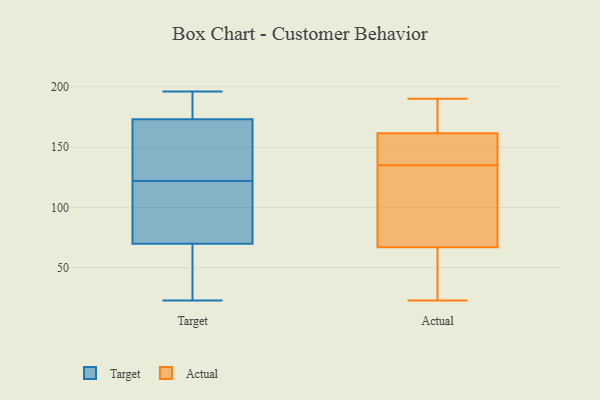
{"axis": {"x": "Inventory Turnover", "y": "Value"}, "legend": ["Actual", "Target"], "data": [{"x": "", "y": 184, "type": "Target"}, {"x": "", "y": 164, "type": "Target"}, {"x": "", "y": 39, "type": "Target"}, {"x": "", "y": 86, "type": "Target"}, {"x": "", "y": 138, "type": "Target"}, {"x": "", "y": 106, "type": "Target"}, {"x": "", "y": 70, "type": "Target"}, {"x": "", "y": 173, "type": "Target"}, {"x": "", "y": 23, "type": "Target"}, {"x": "", "y": 196, "type": "Target"}, {"x": "", "y": 157, "type": "Actual"}, {"x": "", "y": 166, "type": "Actual"}, {"x": "", "y": 163, "type": "Actual"}, {"x": "", "y": 190, "type": "Actual"}, {"x": "", "y": 151, "type": "Actual"}, {"x": "", "y": 24, "type": "Actual"}, {"x": "", "y": 63, "type": "Actual"}, {"x": "", "y": 149, "type": "Actual"}, {"x": "", "y": 184, "type": "Actual"}, {"x": "", "y": 35, "type": "Actual"}, {"x": "", "y": 80, "type": "Actual"}, {"x": "", "y": 126, "type": "Actual"}, {"x": "", "y": 23, "type": "Actual"}, {"x": "", "y": 125, "type": "Actual"}, {"x": "", "y": 172, "type": "Actual"}, {"x": "", "y": 137, "type": "Actual"}, {"x": "", "y": 79, "type": "Actual"}, {"x": "", "y": 39, "type": "Actual"}, {"x": "", "y": 135, "type": "Actual"}]}